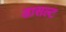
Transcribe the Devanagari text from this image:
डासल्ट